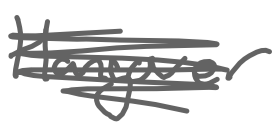
Text: Hangover
Cross-out: scratch
Writing tool: digital_gray